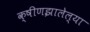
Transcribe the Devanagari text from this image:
क्षीणझालेल्या